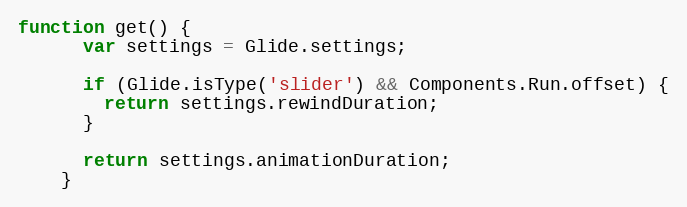
Language: JavaScript
function get() {
      var settings = Glide.settings;

      if (Glide.isType('slider') && Components.Run.offset) {
        return settings.rewindDuration;
      }

      return settings.animationDuration;
    }